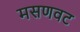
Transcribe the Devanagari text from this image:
मसणवट